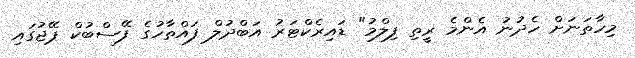
މިހާތަނަށް ހެދުނު އެންމެ ރީތި ފިލްމު" ޑައިރެކްޓަރު އަބްދުލް ފައްތާހުގެ ފޭސްބުކް ޕޭޖުގައި